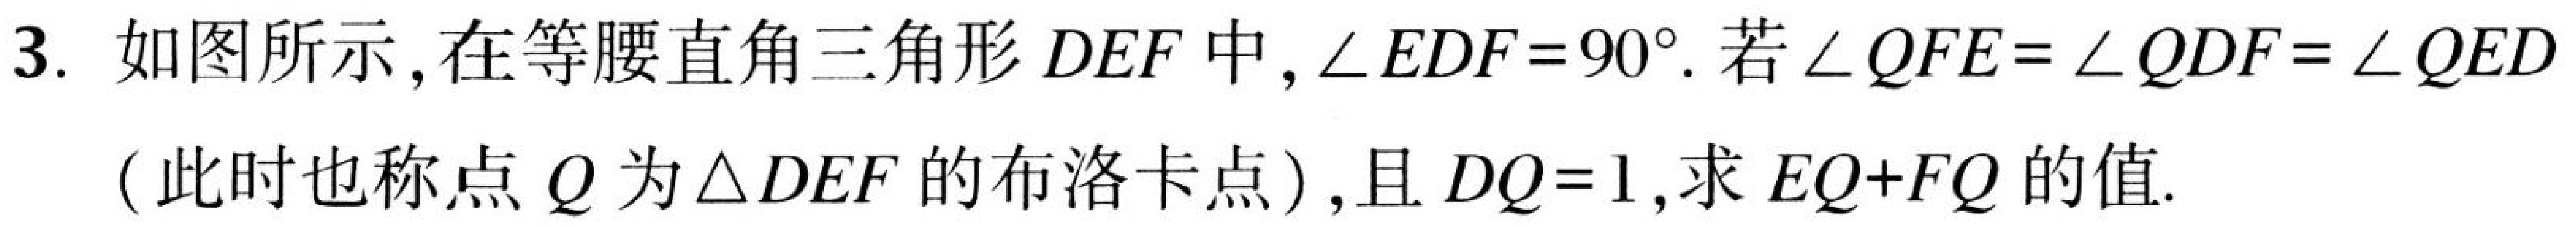
3. 如图所示,在等腰直角三角形$DEF$中,$\angle EDF = 90^{\circ}$.若$\angle QFE=\angle QDF=\angle QED$
(此时也称点$Q$为$\triangle DEF$的布洛卡点),且$DQ = 1$,求$EQ + FQ$的值.